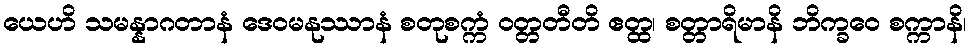
ယေဟိ သမန္နာဂတာနံ ဒေဝမနုဿာနံ စတုစက္ကံ ဝတ္တတီတိ ဧတ္ထ၊ စတ္တာရိမာနိ ဘိက္ခဝေ စက္ကာနိ၊